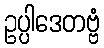
ဥပ္ပါဒေတဗ္ဗံ